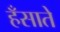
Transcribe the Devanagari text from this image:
हँसाते